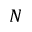
N